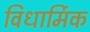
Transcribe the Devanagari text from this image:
विधार्मिक